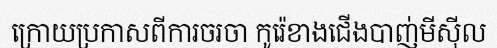
ក្រោយប្រកាសពីការចរចា កូរ៉េខាងជើងបាញ់មីស៊ីល